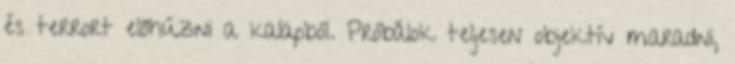
és terrort előhúzni a kalapból. Próbálok teljesen objektív maradni,